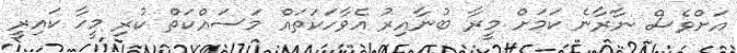
އަށްވެސް ނާރާނެ ކަމަށް މީރާ ބުނާއިރު އެވާހަކަތައް މަސައްކަތް ކުރި މީހާ ކައިރީ